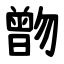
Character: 朆